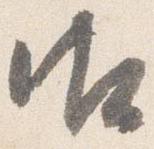
御